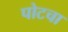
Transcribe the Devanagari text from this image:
पोटचा